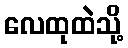
လေထုထဲသို့